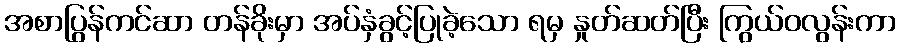
အစာပြွန်ကင်ဆာ တန်ခိုးမှာ အပ်နှံခွင့်ပြုခဲ့သော ရမှ နှုတ်ဆတ်ပြီး ကြွယ်ဝလွန်းကာ